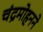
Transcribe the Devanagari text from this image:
चंद्रमोहनने